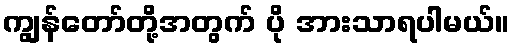
ကျွန်တော်တို့အတွက် ပို အားသာရပါမယ်။